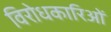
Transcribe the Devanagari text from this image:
विरोधकारिओं